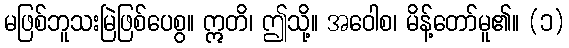
မဖြစ်ဘူသးမြဲဖြစ်ပေစွ။ ဣတိ၊ ဤသို့။ အဝေါစ၊ မိန့်တော်မူ၏။ (၁)